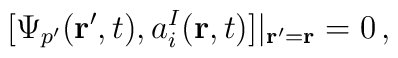
[\Psi_{p'}({\bf r}',t), a^I_i({\bf r},t)]|_{{\bf r}'={\bf r}}=0\,,